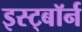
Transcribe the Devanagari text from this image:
इस्ट्बॉर्न